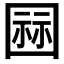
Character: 𭍫